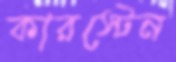
কারস্টেন